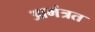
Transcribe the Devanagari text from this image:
आमंत्रत